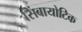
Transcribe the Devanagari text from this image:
सिंबायोटिक